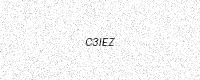
Text: C3IEZ